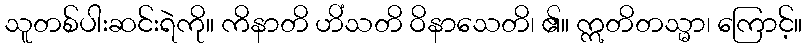
သူတစ်ပါးဆင်းရဲကို။ ကိနာတိ ဟိံသတိ ဝိနာသေတိ၊ ၏။ ဣတိတသ္မာ၊ ကြောင့်။